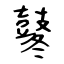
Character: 鼕